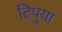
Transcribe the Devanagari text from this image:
टिपर्‍या